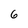
Character: 6